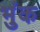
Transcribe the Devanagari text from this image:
भुंक